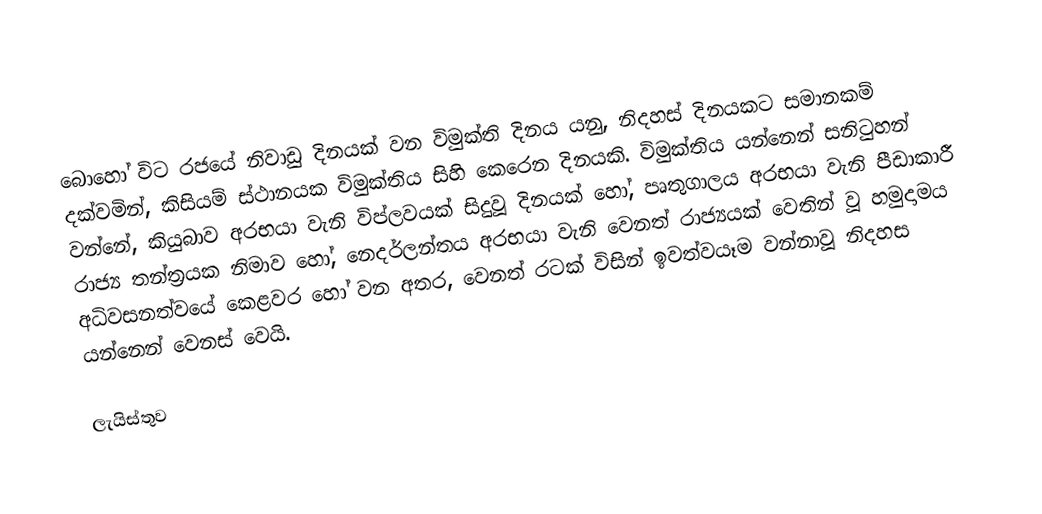
බොහෝ විට රජයේ නිවාඩු දිනයක් වන විමුක්ති දිනය යනු,  නිදහස් දිනයකට සමානකම් දක්වමින්, කිසියම් ස්ථානයක විමුක්තිය සිහි කෙරෙන  දිනයකි. විමුක්තිය යන්නෙන් සනිටුහන් වන්නේ, කියුබාව අරභයා වැනි  විප්ලවයක් සිදුවූ දිනයක් හෝ,  පෘතුගාලය අරභයා වැනි පීඩාකාරී රාජ්‍ය තන්ත්‍රයක නිමාව හෝ, නෙදර්ලන්තය අරභයා වැනි වෙනත් රාජ්‍යයක් වෙතින් වූ හමුදාමය අධිවසනත්වයේ කෙළවර හෝ වන අතර, වෙනත් රටක් විසින් ඉවත්වයෑම වන්නාවූ නිදහස යන්නෙන් වෙනස් වෙයි.

ලැයිස්තුව